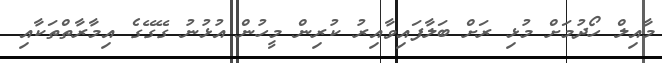
މާއިލް ހޯދުމަށް މުޅި ރަށް ބަލާފައިވާއިރު ކުރިން މީހުން އުޅުނު ގޭގޭގެ އިމާރާތްތަކާއި